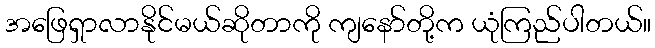
အဖြေရှာလာနိုင်မယ်ဆိုတာကို ကျနော်တို့က ယုံကြည်ပါတယ်။